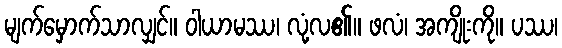
မျက်မှောက်သာလျှင်။ ဝါယာမဿ၊ လုံ့လ၏။ ဖလံ၊ အကျိုးကို။ ပဿ၊